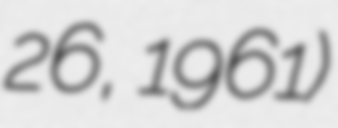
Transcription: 26, 1961)